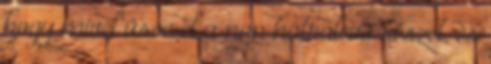
hogy mivel üsse el a nap hátralevő részét, és